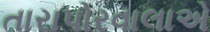
તારાપોરવાલાએ